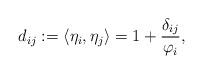
LaTeX: \begin{align*} d_{ij}:=\langle\eta_i,\eta_j\rangle=1+\frac{\delta_{ij}}{\varphi_i},\end{align*}